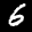
Label: 6